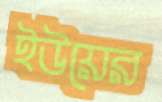
ইউয়ের